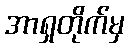
အာရှတိုက်မှ